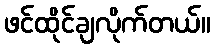
ဖင်ထိုင်ချလိုက်တယ်။